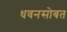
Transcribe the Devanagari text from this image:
धवनसोबत